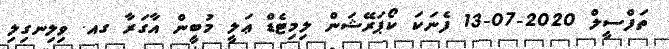
ތަފްސީލް 2020-07-13 ފެނަކަ ކޯޕަރޭޝަން ލިމިޓެޑް ޢަލީ މުބީން އާގަރާ ގއ. ވިލިނގިލި